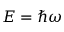
E = \hbar \omega